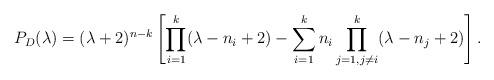
LaTeX: \begin{align*} P_D(\lambda)=(\lambda+2)^{n-k}\left[\prod_{i=1}^k(\lambda-n_i+2)-\sum_{i=1}^k n_i\prod_{j=1,j\neq i}^k(\lambda-n_j+2)\right].\end{align*}